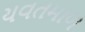
યવતમાળ